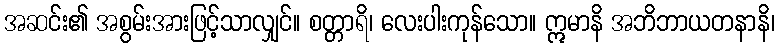
အဆင်း၏ အစွမ်းအားဖြင့်သာလျှင်။ စတ္တာရိ၊ လေးပါးကုန်သော။ ဣမာနိ အဘိဘာယတနာနိ၊